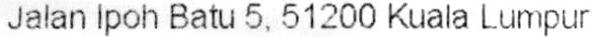
JALAN IPOH BATU 5. 51200 KUALA LUMPUR